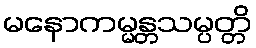
မနောကမ္မန္တသမ္ပတ္တိ